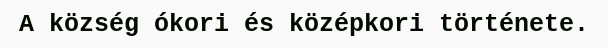
A község ókori és középkori története.